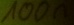
Text: 100n